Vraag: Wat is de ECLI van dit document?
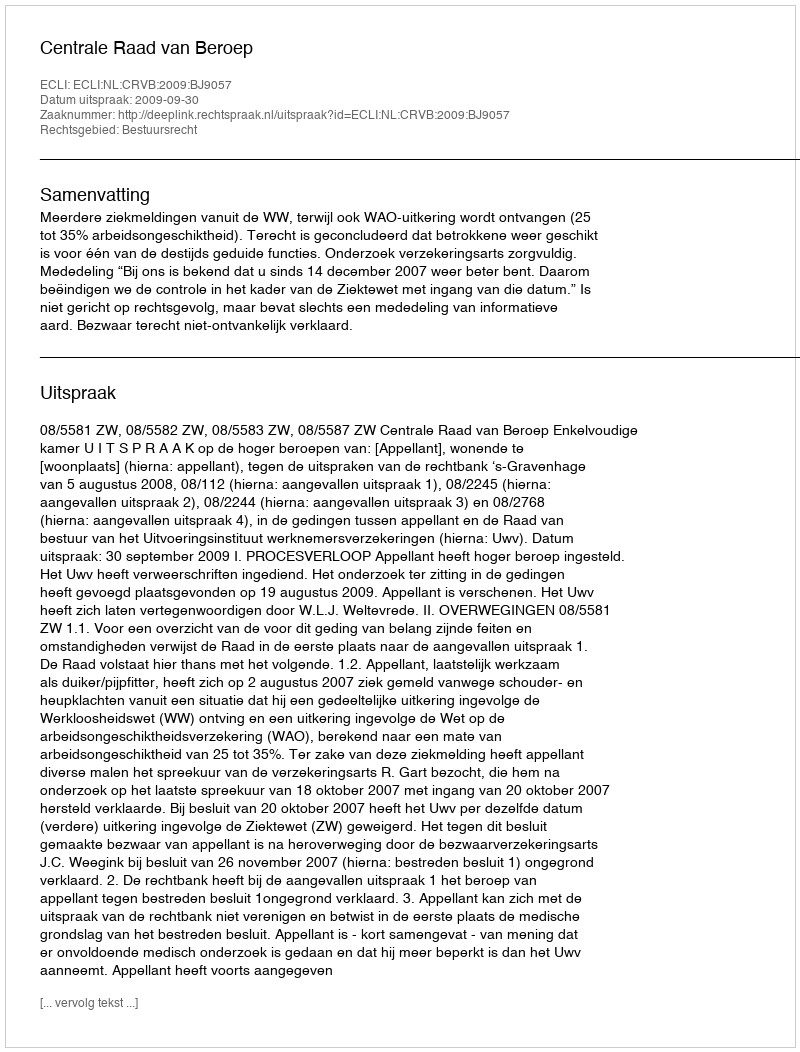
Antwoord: ECLI:NL:CRVB:2009:BJ9057